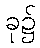
ခု၌